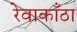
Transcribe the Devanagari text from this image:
रेवाकाँठा